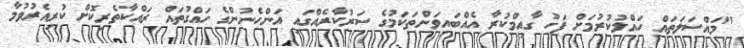
"މައްސަލަތައް ހައްލުކުރުމަށް ފަހު ގާއިމްކުރާ އެއްބައިވަންތަކަމުގެ ސަރުކާރެއްގައި އަންހެނުންގެ ހައްގުތައް ރައްކާތެރިކޮށް ކުރިއެރުވުމާ